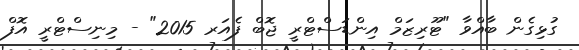
ގުޅިގެން ބާއްވާ "ޓޫރިޒަމް އިންޑަސްޓްރީ ޖޮބް ފެއަރ 2015" - މިނިސްޓްރީ އޮފް